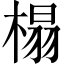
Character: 榻